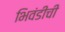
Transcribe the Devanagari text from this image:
भिवंडीची